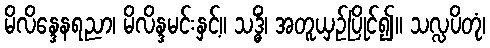
မိလိန္ဒေနရညာ၊ မိလိန္ဒမင်းနှင့်။ သဒ္ဓိံ၊ အတူယှဉ်ပြိုင်၍။ သလ္လပိတုံ၊